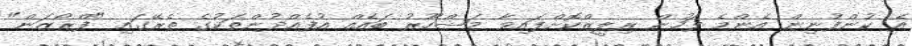
އެ ކުންފުނިން އެންމެ ފަހުން ރިލީޒްކޮށްފައިވާ މަޝްހޫރު ބައެއް އުފެއްދުންތަކުގެ ތެރޭގައި "ފްރޯޒަން"